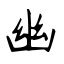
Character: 幽